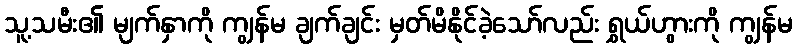
သူ့သမီး၏ မျက်နှာကို ကျွန်မ ချက်ချင်း မှတ်မိနိုင်ခဲ့သော်လည်း ရွှယ်ဟွားကို ကျွန်မ